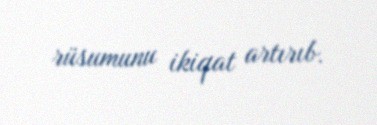
rüsumunu ikiqat artırıb.